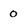
Character: 0